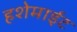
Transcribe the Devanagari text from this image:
हशेमाईट